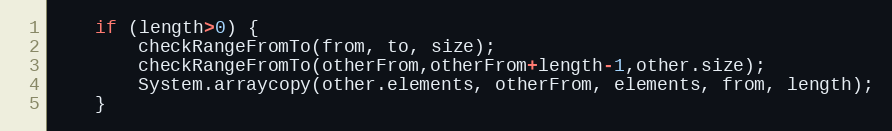
Language: Java
	if (length>0) {
		checkRangeFromTo(from, to, size);
		checkRangeFromTo(otherFrom,otherFrom+length-1,other.size);
		System.arraycopy(other.elements, otherFrom, elements, from, length);
	}